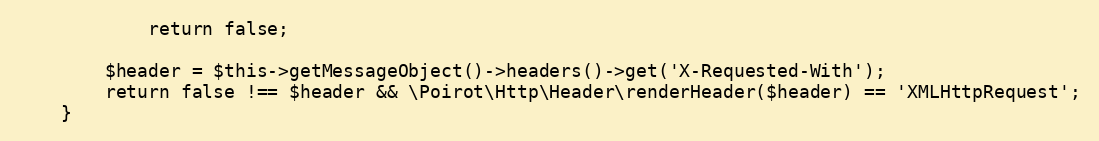
Language: PHP
            return false;

        $header = $this->getMessageObject()->headers()->get('X-Requested-With');
        return false !== $header && \Poirot\Http\Header\renderHeader($header) == 'XMLHttpRequest';
    }